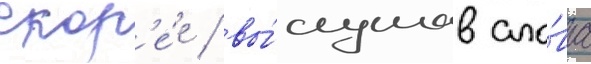
скор'е́е / вы́слушав сло́ва